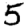
Digit: 5